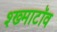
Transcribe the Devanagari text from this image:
श्ख्माटॉव